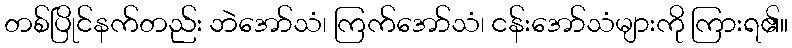
တစ်ပြိုင်နက်တည်း ဘဲအော်သံ၊ ကြက်အော်သံ၊ ငန်းအော်သံများကို ကြားရ၏။